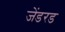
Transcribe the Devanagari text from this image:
जेंडरड